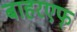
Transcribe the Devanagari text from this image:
बाहरएफ्